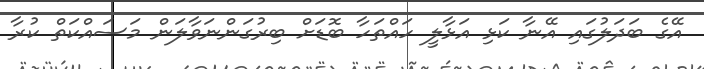
އޭގެ ބަދަލުގައި އޭނާ ކަޅި އަޅާލީ ހައްތަހާ ބޮޑަށް ބިރުގަންނަވާލަން މަސައްކަތް ކުރާ